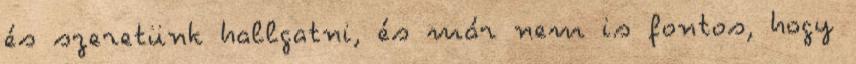
és szeretünk hallgatni, és már nem is fontos, hogy